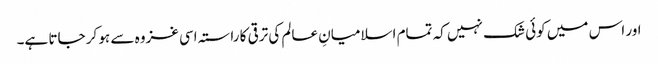
اور اس میں کوئی شک نہیں کہ تمام اسلامیانِ عالم کی ترقی کا راستہ اسی غزوہ سے ہو کر جاتا ہے۔